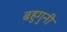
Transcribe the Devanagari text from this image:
बहुगुनी